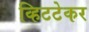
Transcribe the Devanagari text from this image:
व्हिटटेकर